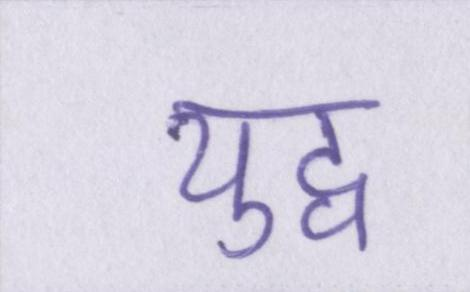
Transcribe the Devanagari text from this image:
युद्व